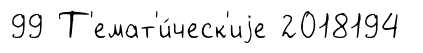
99 Т'емат'и́ческ'иjе 2018194